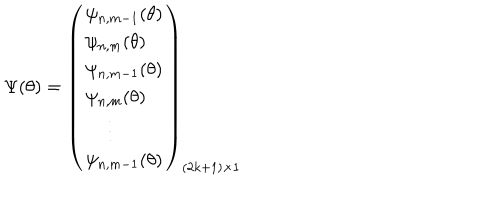
\Psi ( \theta ) = \left( \begin{array} { l r } { { \psi _ { n , m - 1 } ( \theta ) } } \\ { { \psi _ { n , m } ( \theta ) } } \\ { { \psi _ { n , m - 1 } ( \theta ) } } \\ { { \psi _ { n , m } ( \theta ) } } \\ { { \, \, \, \, \, \, \, \vdots } } \\ { { \psi _ { n , m - 1 } ( \theta ) } } \\ \end{array} \right) _ { ( 2 k + 1 ) \times 1 }